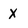
Character: x